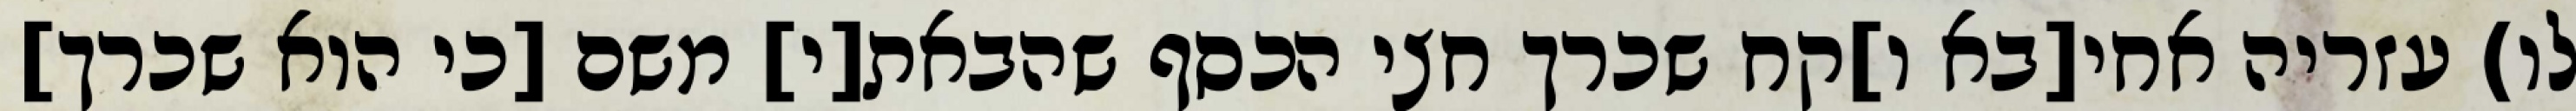
לו) עזריה אחי[בא ו]קח שכרך חצי הכסף שהבאת[י] משם [כי הוא שכרך]